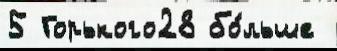
5 Горького28 бо́льше